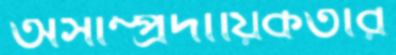
অসাম্প্রদায়িকতার